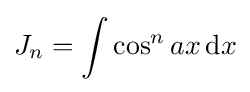
J_{n}=\int \cos ^{n}{ax}\,{\text{d}}x\,\!